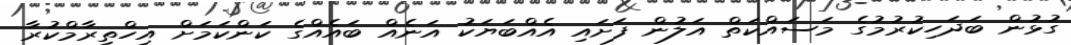
ގުޅުން ބަދަހިކުރުމުގެ މަސައްކަތް އަލުން ފަށައި އެއްބަޔަކު އަނެއް ބައެއްގެ ކަންކަމަށް އިހްތިރާމްކުރާ